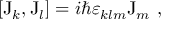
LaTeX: [ \mathrm { J } _ { k } , \mathrm { J } _ { l } ] = i \hbar \varepsilon _ { k l m } \mathrm { J } _ { m } ~ ,